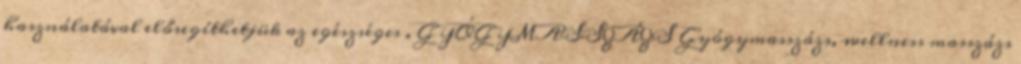
használatával elősegíthetjük az egészséges . GYÓGYMASSZÁZS Gyógymasszázs, wellness masszázs